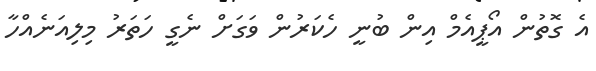
އެ ގޮތުން އޯޕީއެމް އިން ބުނީ ހެކަރުން ވަގަށް ނެގީ ހަތަރު މިލިއަނެއްހާ